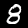
Digit: 8